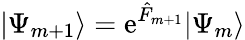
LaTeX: |\Psi_{m+1}\rangle=\mathrm{e}^{{\hat{F}}_{m+1}}|\Psi_{m}\rangle